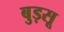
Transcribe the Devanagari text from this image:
बुड़सू